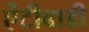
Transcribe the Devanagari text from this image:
ऐंटीबाडी